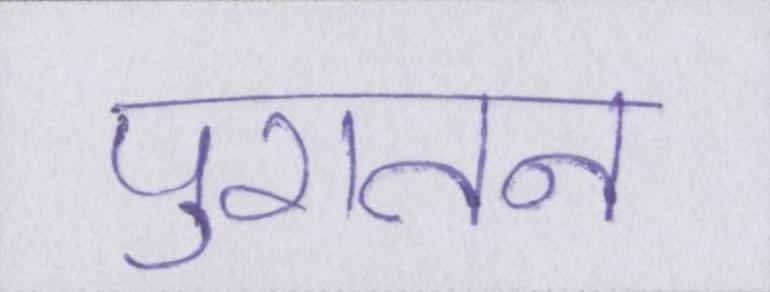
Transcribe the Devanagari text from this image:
पुरातन